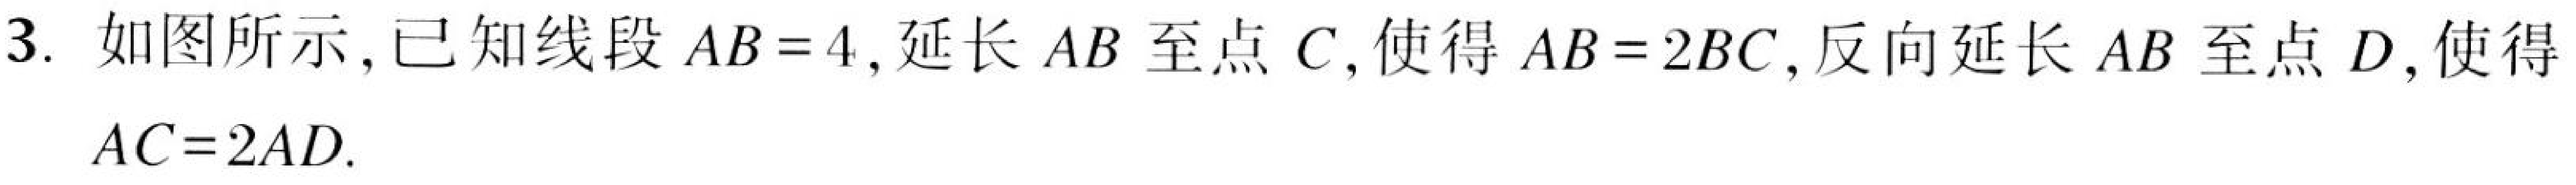
3. 如图所示，已知线段\(AB = 4\)，延长\(AB\)至点\(C\)，使得\(AB = 2BC\)，反向延长\(AB\)至点\(D\)，使得\(AC = 2AD\).